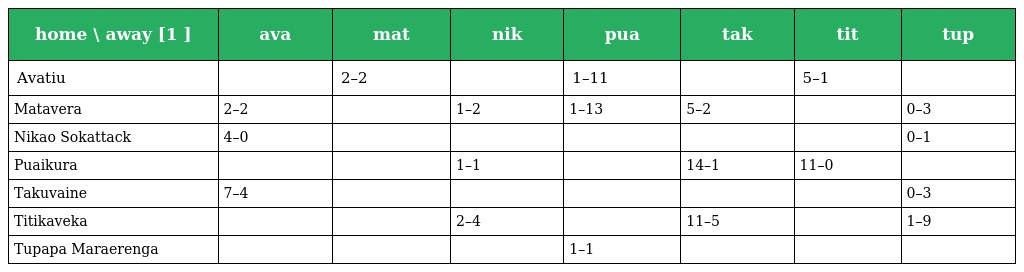
| home \ away [1 ] | ava | mat | nik | pua | tak | tit | tup |
 | --- | --- | --- | --- | --- | --- | --- | --- |
 | Avatiu |  | 2–2 |  | 1–11 |  | 5–1 |  |
 | Matavera | 2–2 |  | 1–2 | 1–13 | 5–2 |  | 0–3 |
 | Nikao Sokattack | 4–0 |  |  |  |  |  | 0–1 |
 | Puaikura |  |  | 1–1 |  | 14–1 | 11–0 |  |
 | Takuvaine | 7–4 |  |  |  |  |  | 0–3 |
 | Titikaveka |  |  | 2–4 |  | 11–5 |  | 1–9 |
 | Tupapa Maraerenga |  |  |  | 1–1 |  |  |  |